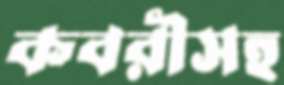
কবরীসহ